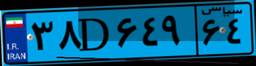
۳۸D۶۴۹۶۴